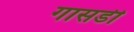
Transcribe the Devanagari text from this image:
गासडी